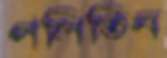
পলিতিন